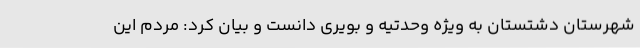
شهرستان دشتستان به ویژه وحدتیه و بویری دانست و بیان کرد: مردم این